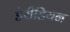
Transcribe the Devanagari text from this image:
डेरीडियन